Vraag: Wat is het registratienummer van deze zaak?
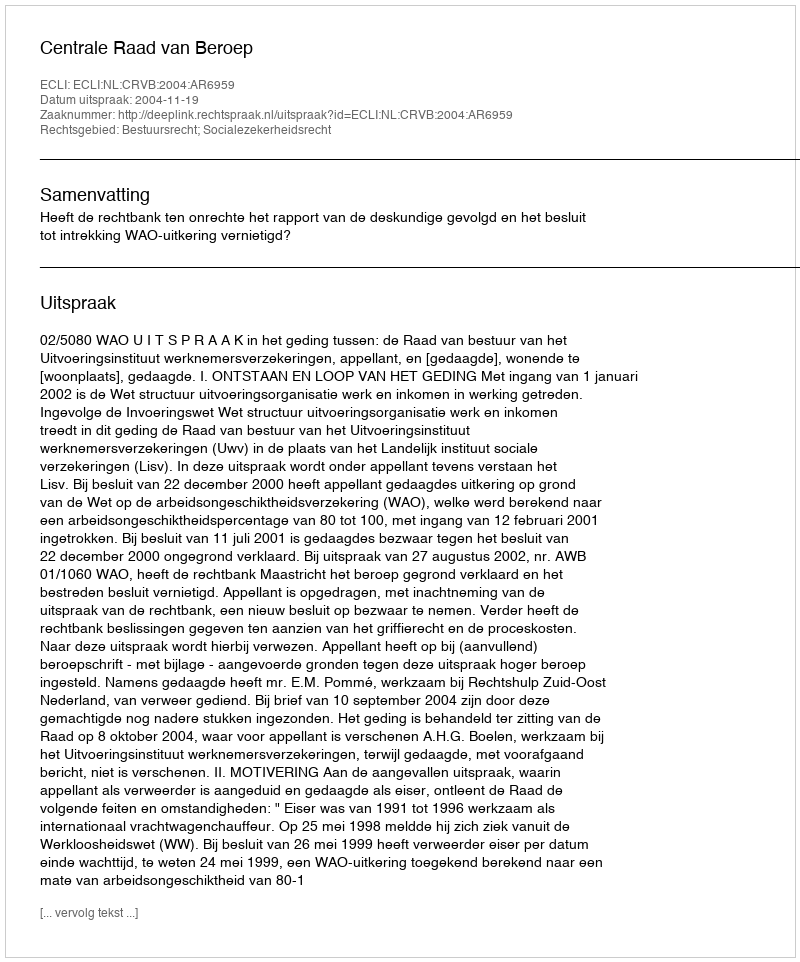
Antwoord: http://deeplink.rechtspraak.nl/uitspraak?id=ECLI:NL:CRVB:2004:AR6959